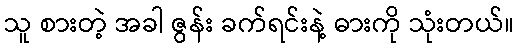
သူ စားတဲ့ အခါ ဇွန်း ခက်ရင်းနဲ့ ဓားကို သုံးတယ်။